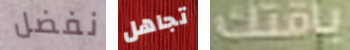
نفضل تجاهل باقتك